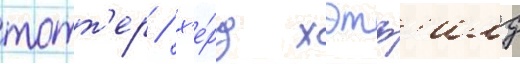
тотт'ер / х'е́рд хэтф'илд